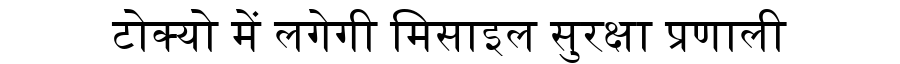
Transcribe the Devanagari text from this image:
टोक्यो में लगेगी मिसाइल सुरक्षा प्रणाली